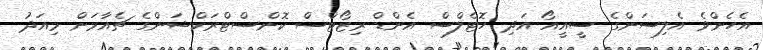
އެހެންވެ އެލިސަންގެ ސީއީއޯ އަދި ހޮޓެލްސް އެންޑް ރިޒޯޓްސް ކޮންސްޓްރަކްޝަންގެ ޗެއާމަން މިއަދު